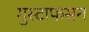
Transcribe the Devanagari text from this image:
गुस्टाफसन